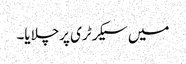
میں سیکرٹری پرچلایا۔